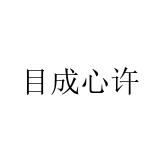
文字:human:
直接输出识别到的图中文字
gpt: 目成心许